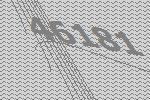
46181